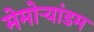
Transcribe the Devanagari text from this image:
मेमोर्‍यांडम